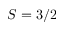
S = 3 / 2